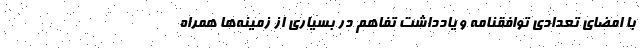
با امضای تعدادی توافقنامه و یادداشت تفاهم در بسیاری از زمینه‌ها همراه